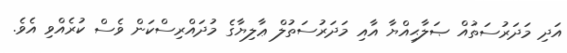
އަދި މަދަރުސަތުއް ޞަލާޙިއްޔާ އާއި މަދަރުސަތުލް ޢާލިޔާގެ މުދައްރިސްކަން ވެސް ކުރެއްވި އެވެ.